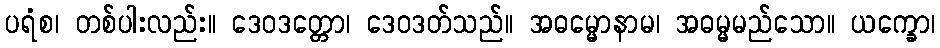
ပရံစ၊ တစ်ပါးလည်း။ ဒေဝဒတ္တော၊ ဒေဝဒတ်သည်။ အဓမ္မောနာမ၊ အဓမ္မမည်သော။ ယက္ခော၊